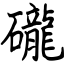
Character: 礲